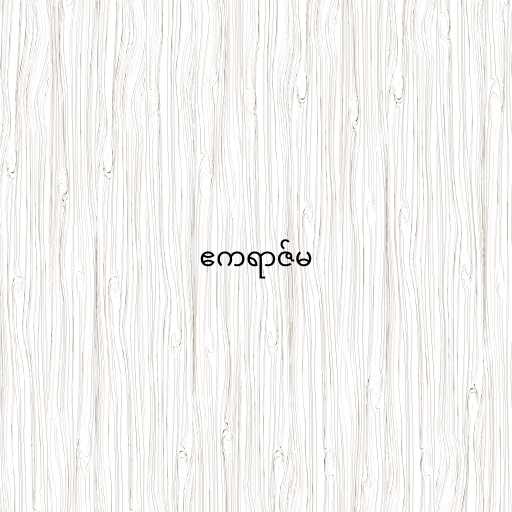
ဧကရာဇ်မ